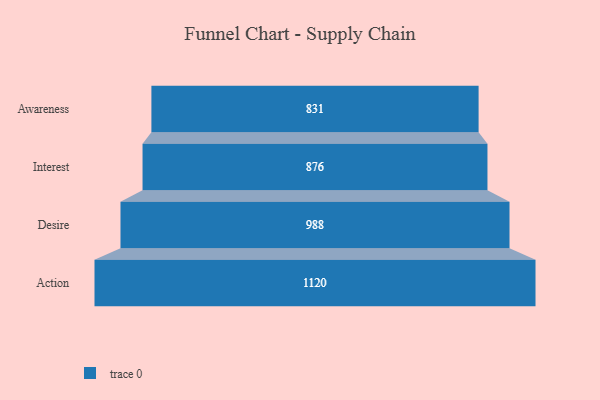
{"axis": {"x": "Stage", "y": "Value"}, "legend": [""], "data": [{"x": "Awareness", "y": 831.0, "type": ""}, {"x": "Interest", "y": 876.0, "type": ""}, {"x": "Desire", "y": 988.0, "type": ""}, {"x": "Action", "y": 1120.0, "type": ""}]}